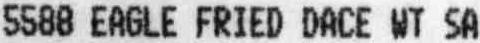
5588 EAGLE FRIED DACE WT SA